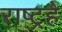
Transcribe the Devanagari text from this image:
राष्ट्रहै